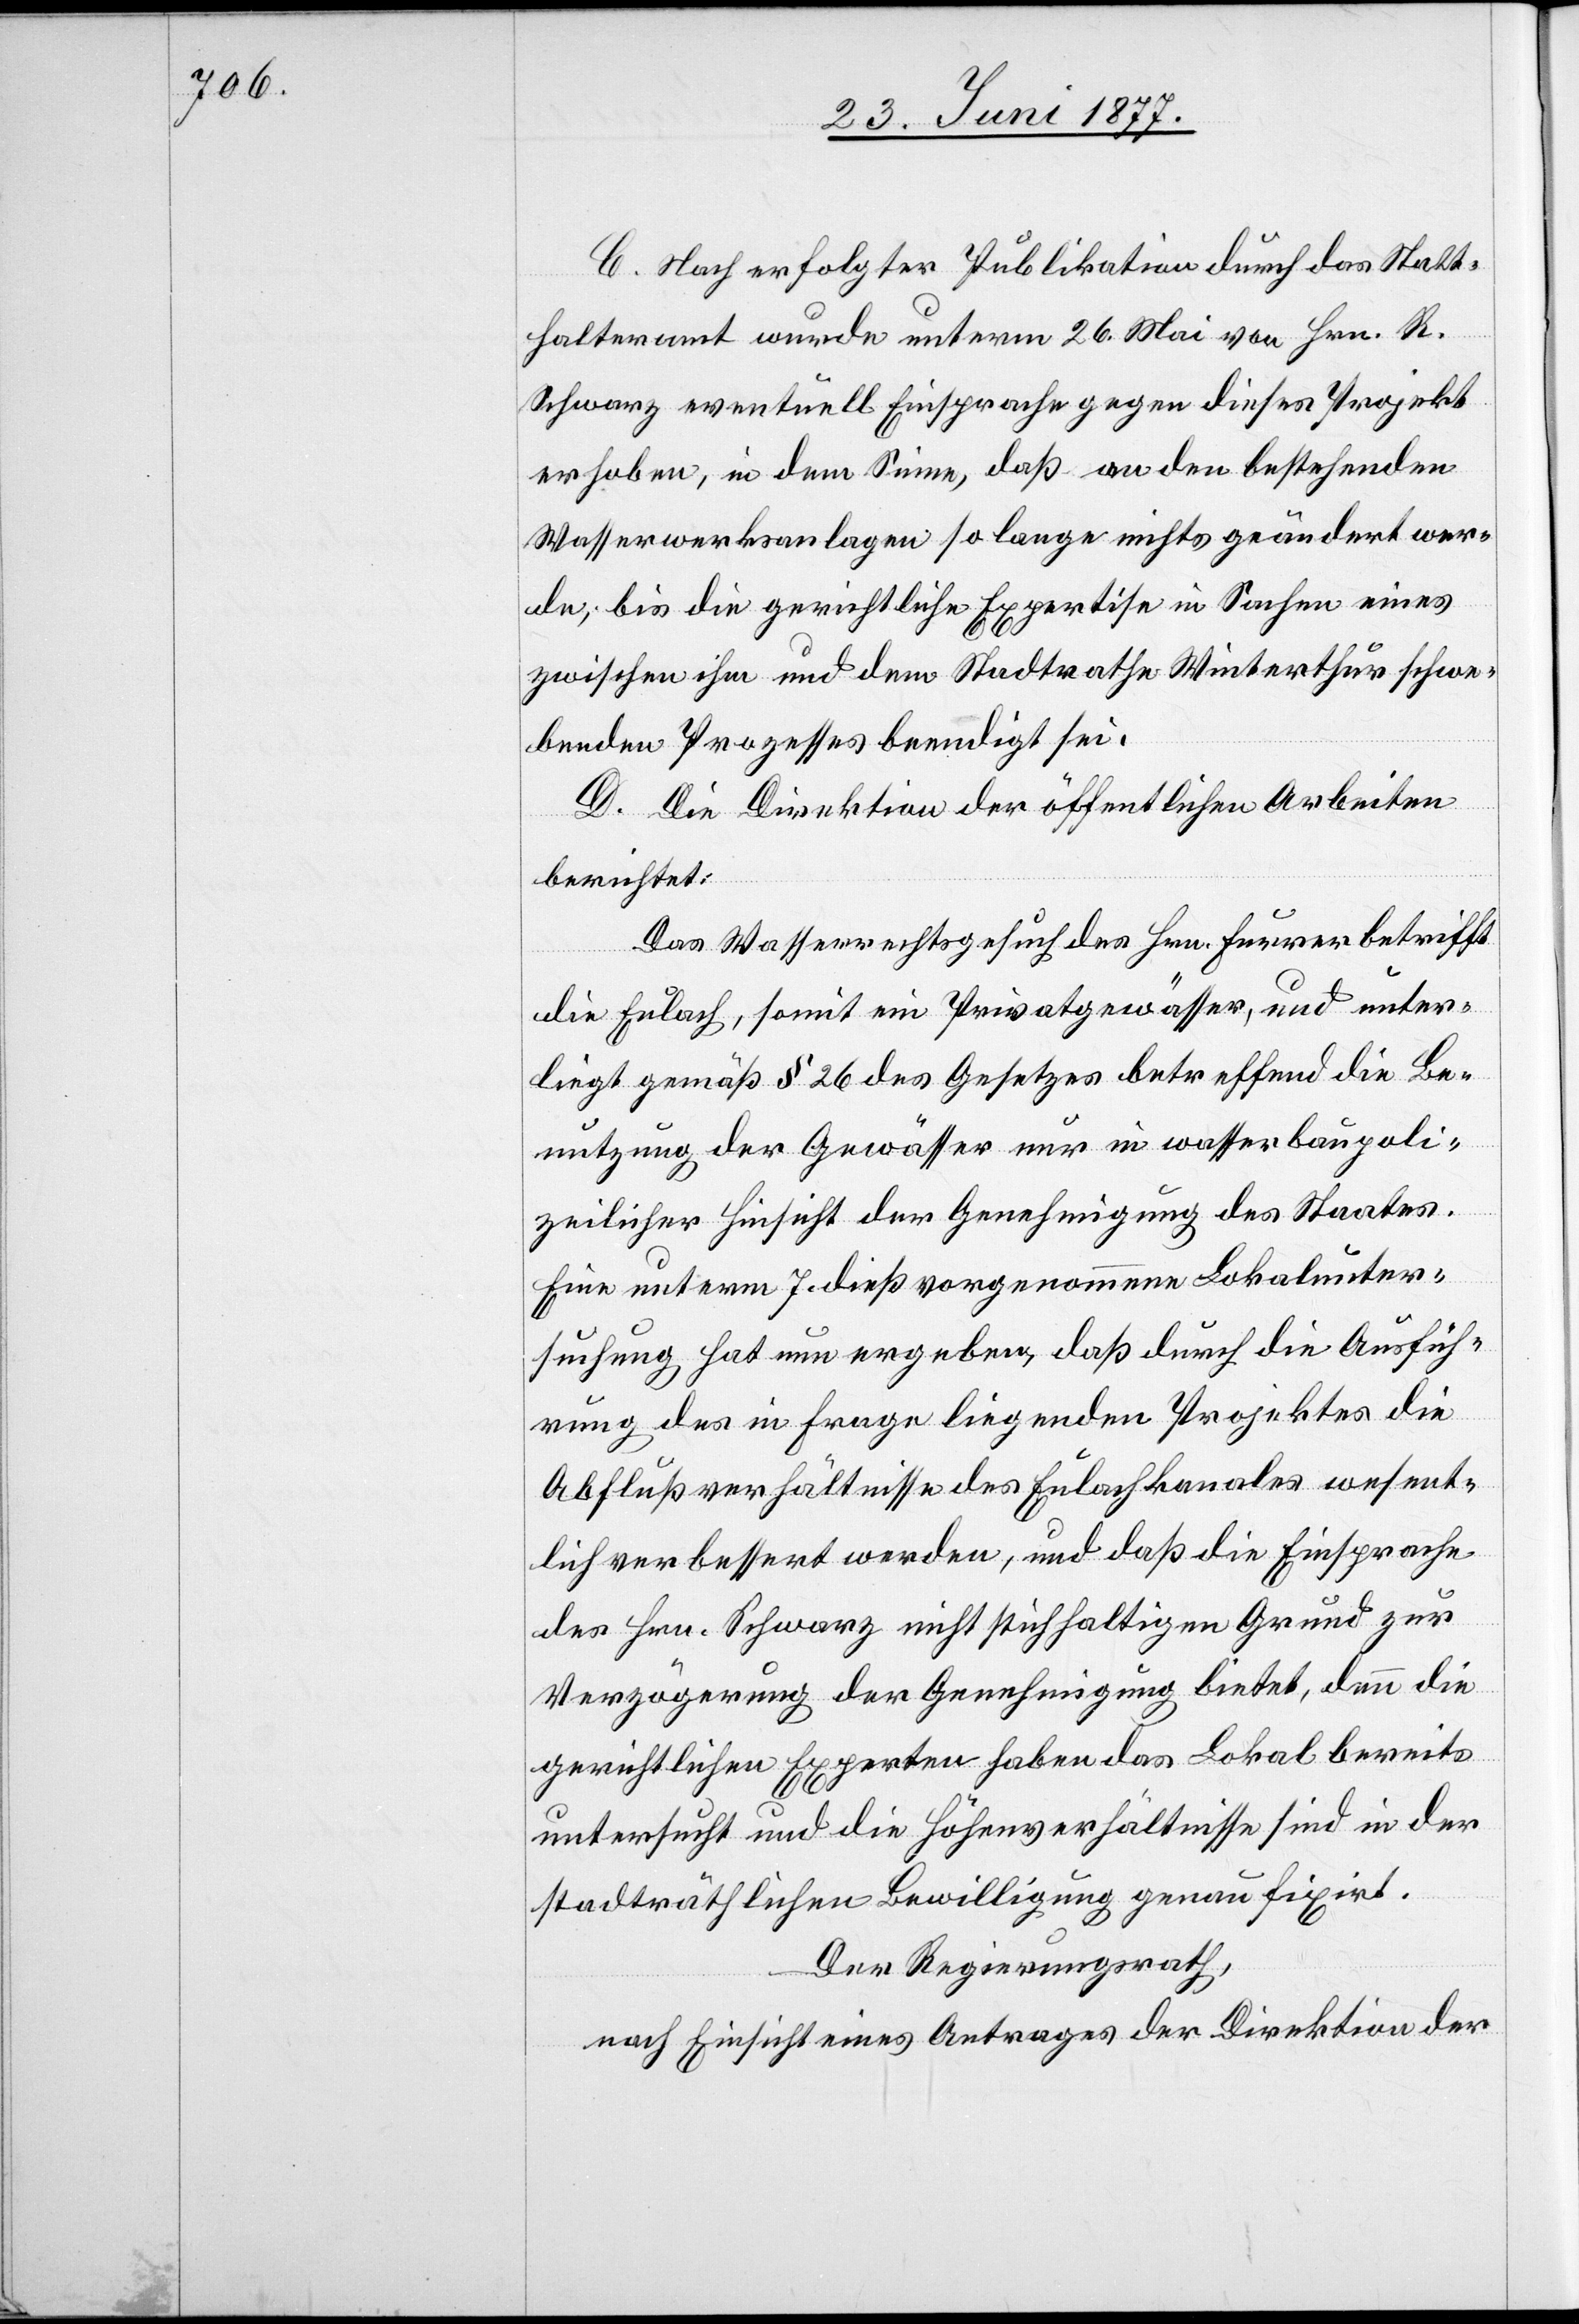
C. Nach erfolgter Publikation durch das Statt¬
halteramt wurde unterm 26. Mai von Hrn. R.
Schwarz eventuell Einsprache gegen dieses Projekt
erhoben, in dem Sinne, daß an den bestehenden
Wasserwerksanlagen so lange nichts geändert wer¬
de, bis die gerichtliche Expertise in Sachen eines
zwischen ihm und dem Stadtrathe Winterthur schwe¬
benden Prozesses beendigt sei.
D. Die Direktion der öffentlichen Arbeiten
berichtet:
Das Wasserrechtsgesuch des Hrn. Furrer betrifft
die Eulach, somit ein Privatgewässer, und unter¬
liegt gemäß § 26 des Gesetzes betreffend die Be¬
nutzung der Gewässer nur in wasserbaupoli¬
zeilicher Hinsicht der Genehmigung des Staates.
Eine unterm 7. dieß vorgenommene Lokalunter¬
suchung hat nun ergeben, daß durch die Ausfüh¬
rung des in Frage liegenden Projektes die
Abflußverhältnisse des Eulachkanales wesent¬
lich verbessert werden, und daß die Einsprache
des Hrn. Schwarz nicht stichhaltigen Grund zur
Verzögerung der Genehmigung bietet, denn die
gerichtlichen Experten haben das Lokal bereits
untersucht und die Höhenverhältnisse sind in der
stadträthlichen Bewilligung genau fixirt.
Der Regierungsrath,
nach Einsicht eines Antrages der Direktion der